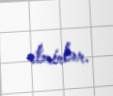
etmirlər.